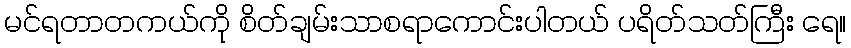
မင်ရတာတကယ်ကို စိတ်ချမ်းသာစရာကောင်းပါတယ် ပရိတ်သတ်ကြီး ရေ။